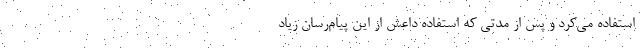
استفاده می‌کرد و پس از مدتی که استفاده داعش از این پیام‌رسان زیاد